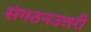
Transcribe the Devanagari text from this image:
संगठनउत्तरी